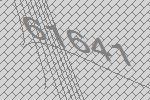
61641